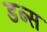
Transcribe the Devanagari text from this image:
डब्स